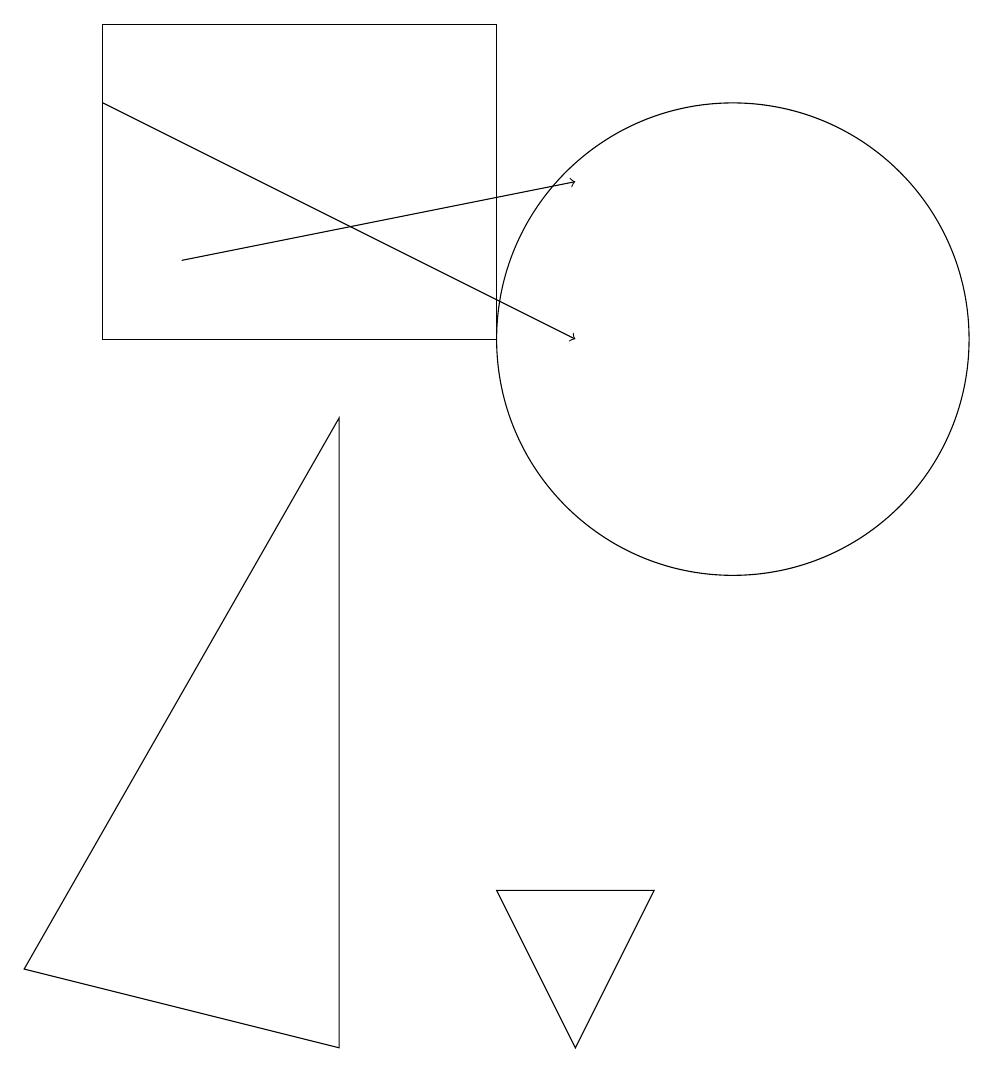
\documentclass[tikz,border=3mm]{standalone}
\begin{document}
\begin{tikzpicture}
\draw[->] (2,13) -- (8,10);
\draw (10,10) circle (3);
\draw (5,9) -- (1,2) -- (5,1) -- cycle;
\draw[->] (3,11) -- (8,12);
\draw (2,10) rectangle (7,14);
\draw (7,3) -- (8,1) -- (9,3) -- cycle;
\draw (11,12) circle (0);
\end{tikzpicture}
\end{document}